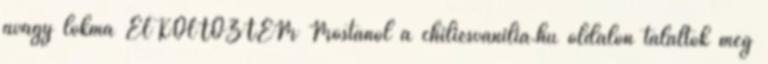
avagy lokma ELKÖLTÖZTEM Mostanól a chiliesvanilia.hu oldalon találtok meg